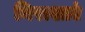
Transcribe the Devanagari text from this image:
निराशाएं